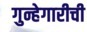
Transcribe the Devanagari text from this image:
गुन्हेगारीची